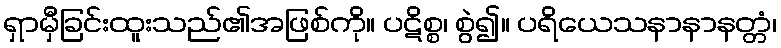
ရှာမှီခြင်းထူးသည်၏အဖြစ်ကို။ ပဋိစ္စ၊ စွဲ၍။ ပရိယေသနာနာနတ္တံ၊